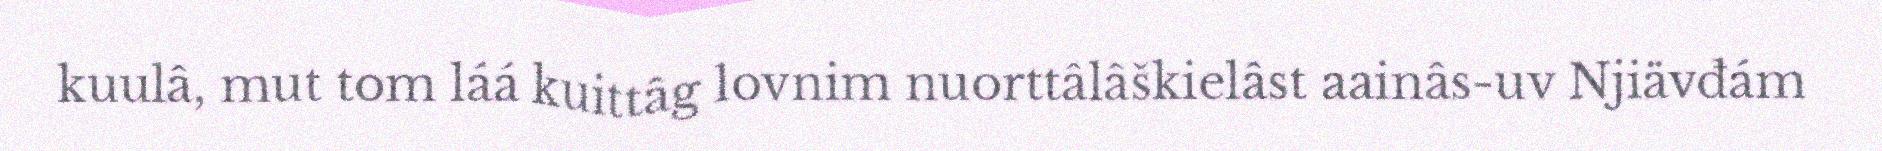
kuulâ, mut tom láá kuittâg lovnim nuorttâlâškielâst aainâs-uv Njiävđám